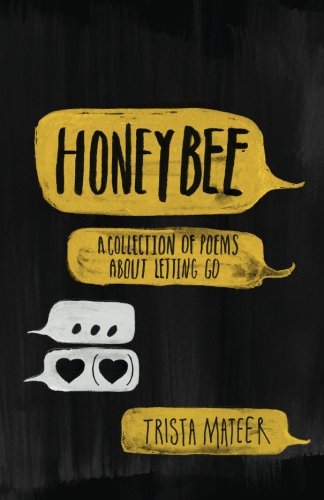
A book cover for Honeybee: a collection of poems about letting go; Trista Mateer; Literature & Fiction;